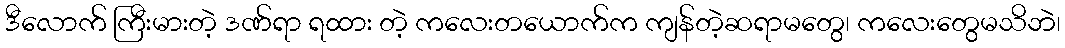
ဒီလောက် ကြီးမားတဲ့ ဒဏ်ရာ ရထား တဲ့ ကလေးတယောက်က ကျန်တဲ့ဆရာမတွေ၊ ကလေးတွေမသိဘဲ၊